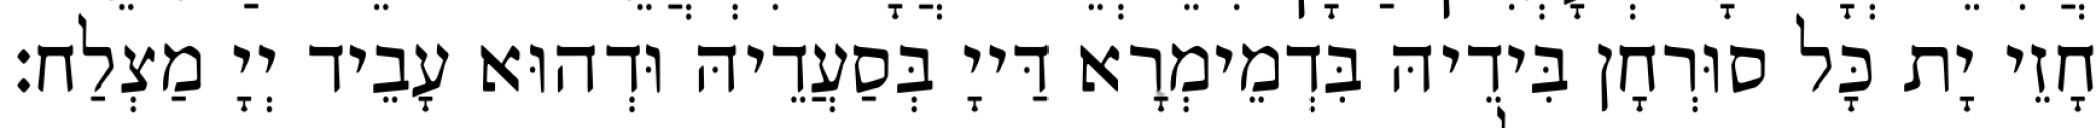
חָזֵי יָת כָּל סוּרְחָן בִּידֵיהּ בִּדְמֵימְרָא דַּייָ בְּסַעֲדֵיהּ וּדְהוּא עָבֵיד יְיָ מַצְלַח׃